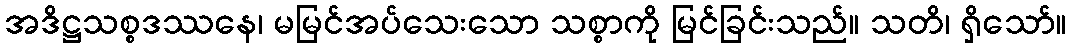
အဒိဋ္ဌသစ္စဒဿနေ၊ မမြင်အပ်သေးသော သစ္စာကို မြင်ခြင်းသည်။ သတိ၊ ရှိသော်။